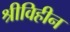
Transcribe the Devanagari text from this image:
श्रीविहीन